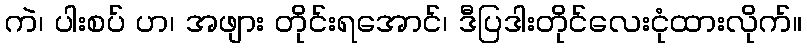
ကဲ၊ ပါးစပ် ဟ၊ အဖျား တိုင်းရအောင်၊ ဒီပြဒါးတိုင်လေးငုံထားလိုက်။